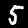
Digit: 5